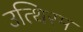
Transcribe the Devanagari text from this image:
उत्थिरम